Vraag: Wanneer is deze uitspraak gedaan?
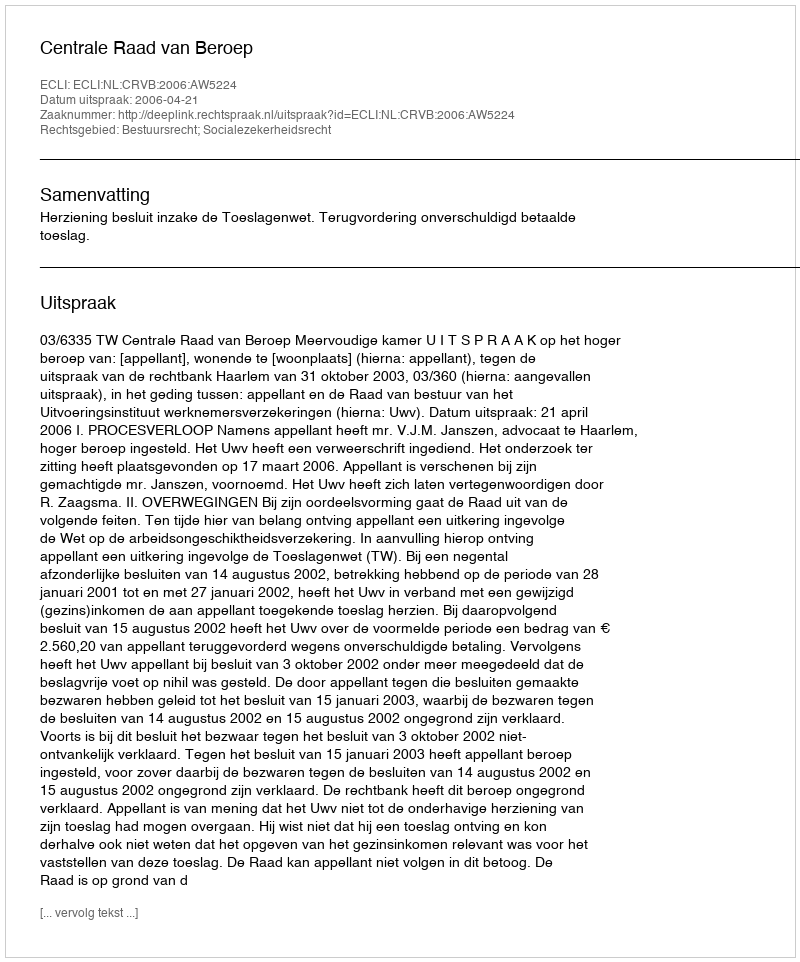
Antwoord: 2006-04-21